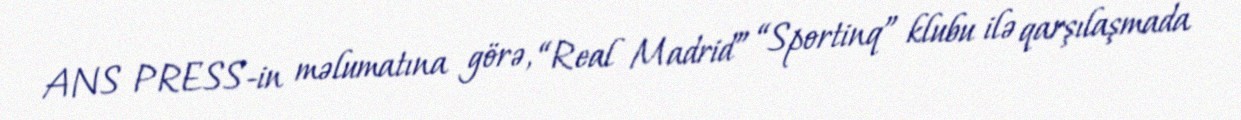
ANS PRESS-in məlumatına görə, “Real Madrid” “Sportinq” klubu ilə qarşılaşmada